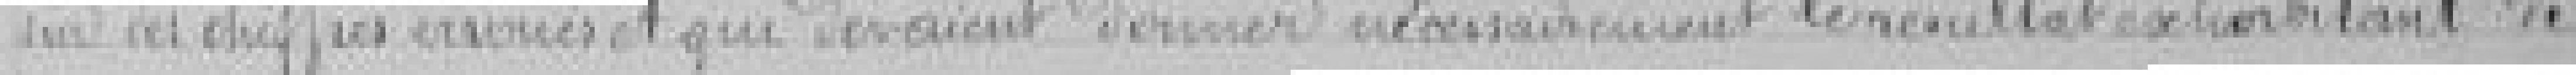
sur des chiffres erronés et qui devaient donner nécessairement le résultat exorbitant de